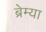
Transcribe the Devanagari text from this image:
ब्रेम्या